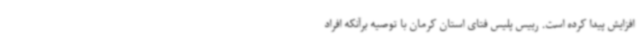
افزایش پیدا کرده است. رییس پلیس فتای استان کرمان با توصیه برآنکه افراد